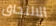
الالتحاق